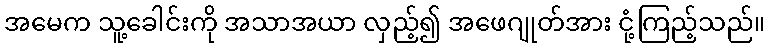
အမေက သူ့ခေါင်းကို အသာအယာ လှည့်၍ အဖေဂျုတ်အား ငုံ့ကြည့်သည်။